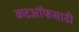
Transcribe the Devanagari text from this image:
कटऑफसाठी